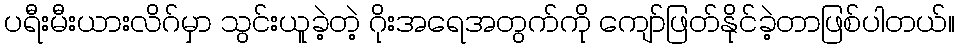
ပရီးမီးယားလိဂ်မှာ သွင်းယူခဲ့တဲ့ ဂိုးအရေအတွက်ကို ကျော်ဖြတ်နိုင်ခဲ့တာဖြစ်ပါတယ်။